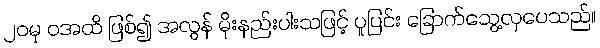
၂၀မှ ဝအထိ ဖြစ်၍ အလွန် မိုးနည်းပါးသဖြင့် ပူပြင်း ခြောက်သွေ့လှပေသည်။